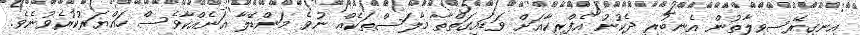
އިނގިރޭސިވިލާތުން އެނބުރި ދެކުނު އެފްރިކާއަށް ވަޑައިގަތްތާ މާލަސްތަކެއް ނުވެ މަންޑޭލާ އަނެއްކާވެސް ހައްޔަރުކުރެވުނެވެ.